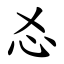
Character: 㣻